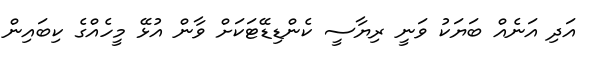
އަދި އަނެއް ބަޔަކު ވަނީ ރިޔާސީ ކެންޑިޑޭޓަކަށް ވާން އުޅޭ މީހެއްގެ ކިބައިން